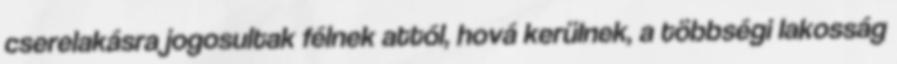
cserelakásra jogosultak félnek attól, hová kerülnek, a többségi lakosság